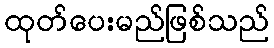
ထုတ်ပေးမည်ဖြစ်သည်